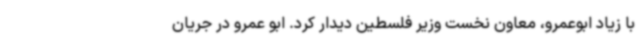
با زیاد ابوعمرو، معاون نخست وزیر فلسطین دیدار کرد. ابو عمرو در جریان